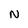
Character: N